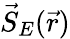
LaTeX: \vec{S}_{E}(\vec{r})